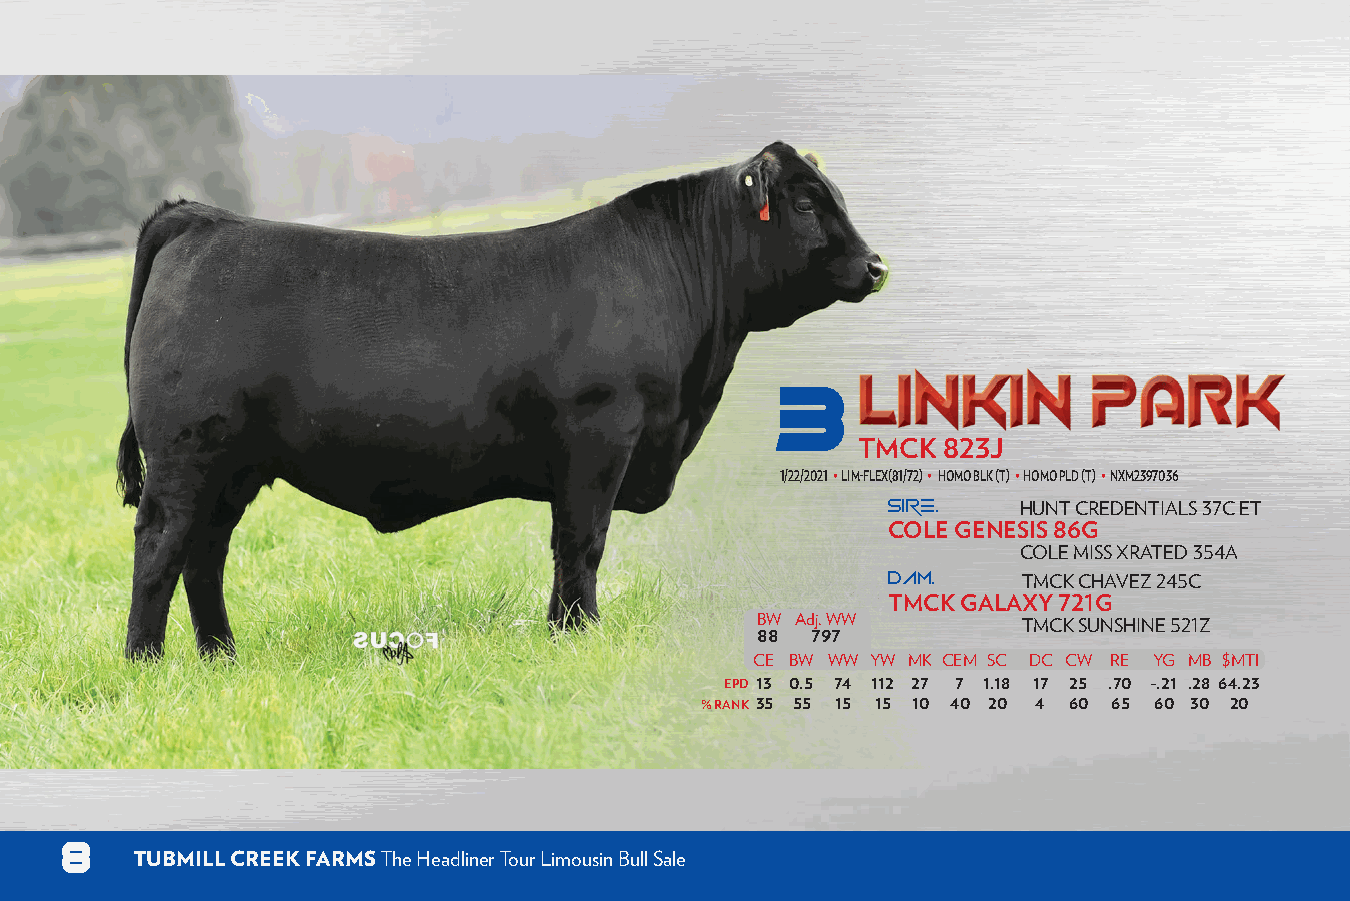
3
 TMCK 823J
 1/22/2021 • LIM-FLEX(81/72) • HOMO BLK (T) • HOMO PLD (T) • NXM2397036
 SIRE.    HUNT CREDENTIALS 37C ET
 COLE GENESIS 86G
 COLE MISS XRATED 354A
 DAM.
 TMCK CHAVEZ 245C
 TMCK GALAXY 721G
 BW Adj. WW        TMCK SUNSHINE 521Z
 88  797
 CE BW WW YW MK CEM SC DC CW RE YG MB $MTI
 EPD 13 0.5 74 112 27 7 1.18 17 25 .70 -.21 .28 64.23
 % RANK 35 55 15 15 10 40 20 4 60 65 60 30 20
 8
 TUBMILL CREEK FARMS The Headliner Tour Limousin Bull Sale                                                                 THURSDAY, DECEMBER 30, 2021 Hosted by L365Auctions.com